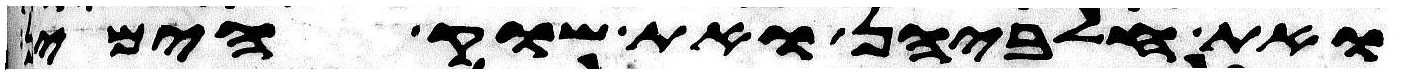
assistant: ואת חלביהן ואת שוק הימין